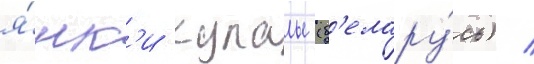
я́нк'и купалы (б'елару́сь) /